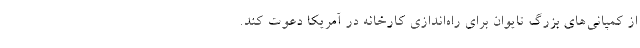
از کمپانی‌های بزرگ تایوان برای راه‌اندازی کارخانه در آمریکا دعوت کند.